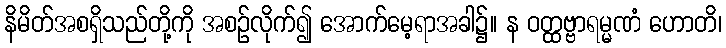
နိမိတ်အစရှိသည်တို့ကို အစဉ်လိုက်၍ အောက်မေ့ရာအခါ၌။ န ဝတ္ထဗ္ဗာရမ္မဏံ ဟောတိ၊